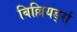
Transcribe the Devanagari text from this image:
बिल्लियर्ड्स